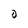
Character: O